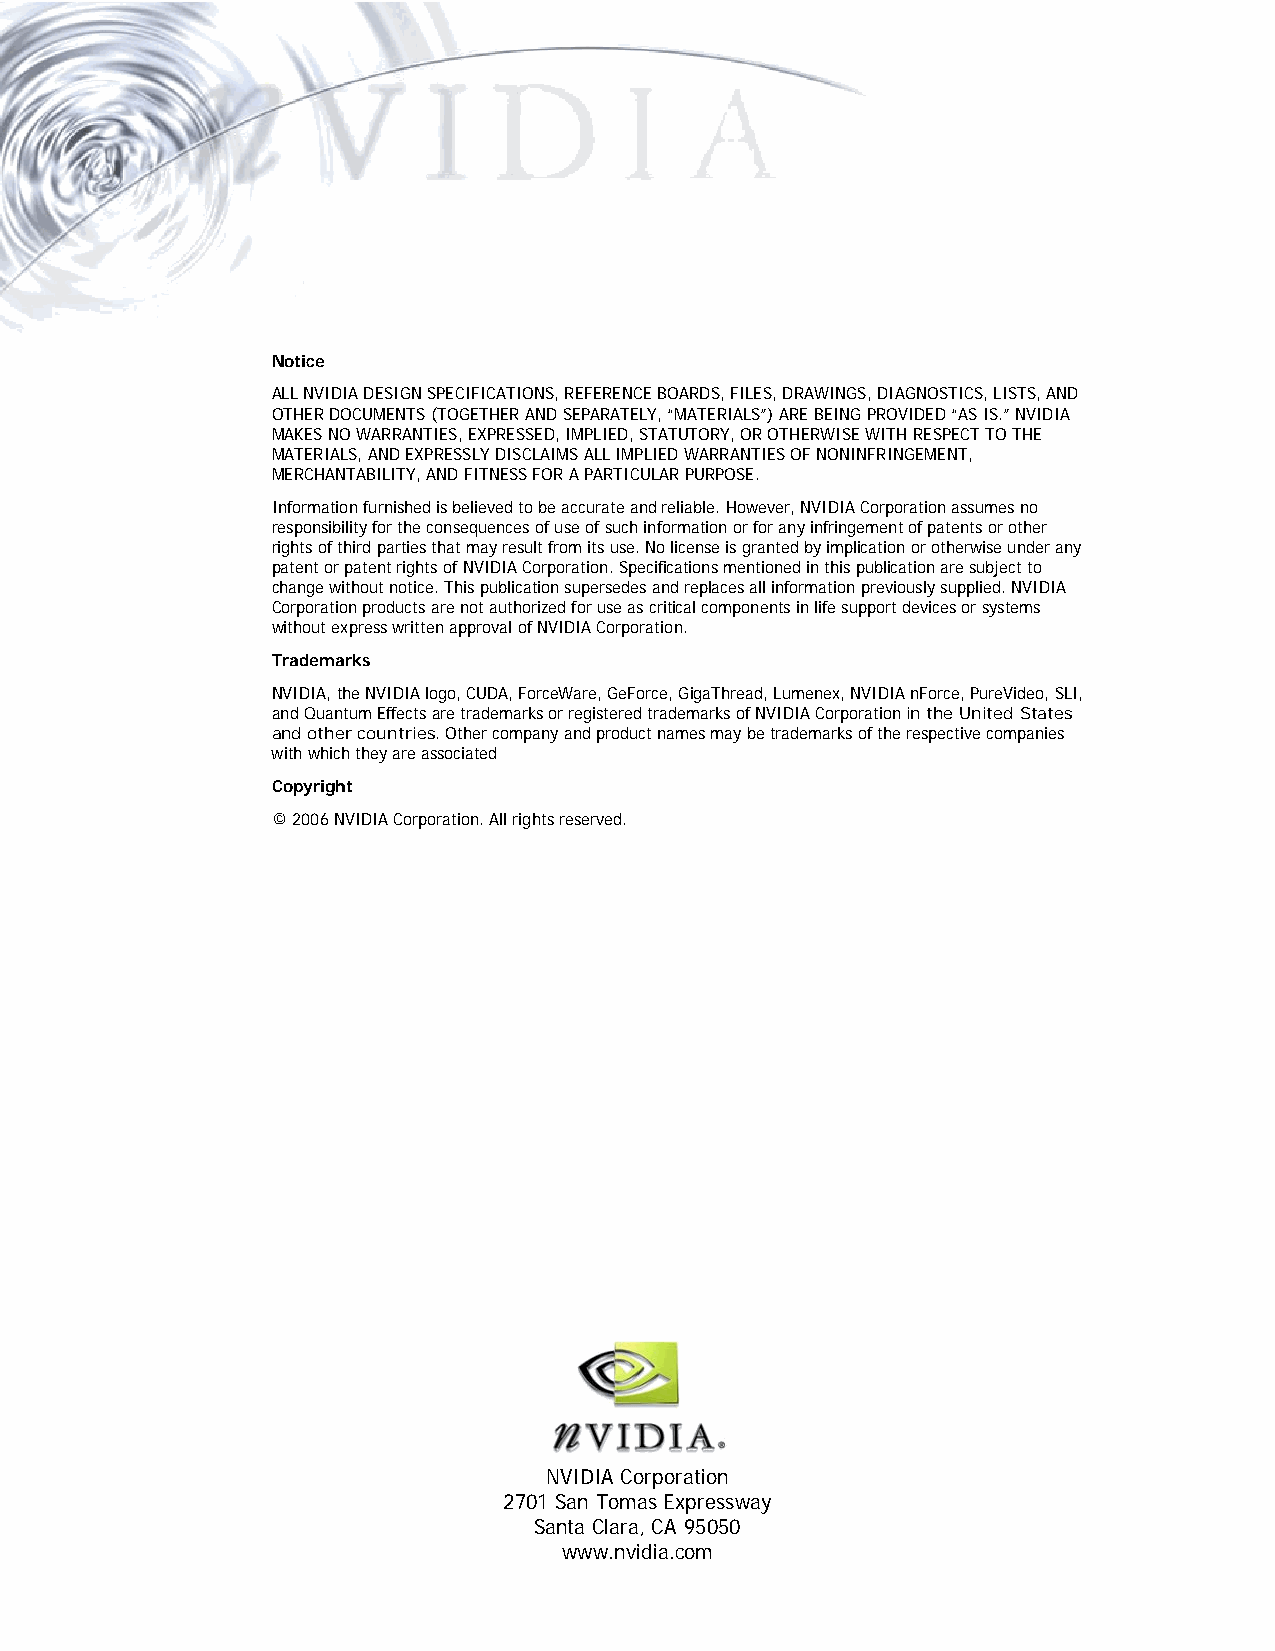
Notice
 ALL NVIDIA DESIGN SPECIFICATIONS, REFERENCE BOARDS, FILES, DRAWINGS, DIAGNOSTICS, LISTS, AND
 OTHER DOCUMENTS (TOGETHER AND SEPARATELY, “MATERIALS”) ARE BEING PROVIDED “AS IS.” NVIDIA
 MAKES NO WARRANTIES, EXPRESSED, IMPLIED, STATUTORY, OR OTHERWISE WITH RESPECT TO THE
 MATERIALS, AND EXPRESSLY DISCLAIMS ALL IMPLIED WARRANTIES OF NONINFRINGEMENT,
 MERCHANTABILITY, AND FITNESS FOR A PARTICULAR PURPOSE.
 Information furnished is believed to be accurate and reliable. However, NVIDIA Corporation assumes no
 responsibility for the consequences of use of such information or for any infringement of patents or other
 rights of third parties that may result from its use. No license is granted by implication or otherwise under any
 patent or patent rights of NVIDIA Corporation. Specifications mentioned in this publication are subject to
 change without notice. This publication supersedes and replaces all information previously supplied. NVIDIA
 Corporation products are not authorized for use as critical components in life support devices or systems
 without express written approval of NVIDIA Corporation.
 Trademarks
 NVIDIA, the NVIDIA logo, CUDA, ForceWare, GeForce, GigaThread, Lumenex, NVIDIA nForce, PureVideo, SLI,
 and Quantum Effects are trademarks or registered trademarks of NVIDIA Corporation in the United States
 and other countries. Other company and product names may be trademarks of the respective companies
 with which they are associated
 Copyright
 © 2006 NVIDIA Corporation. All rights reserved.
 NVIDIA Corporation
 2701 San Tomas Expressway
 Santa Clara, CA 95050
 www.nvidia.com